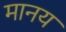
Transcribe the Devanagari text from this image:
मानय